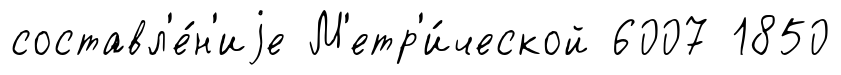
составл'е́н'иjе М'етр'и́ческой 6007 1850